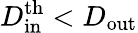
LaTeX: D_{\mathrm{in}}^{\mathrm{th}}<D_{\mathrm{out}}